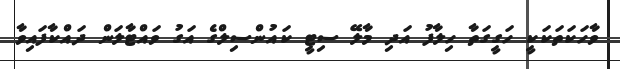
ވާހަކަތަކަކީ ހަގީގަތާ ހިލާފު އަދި މާލޭ ސިޓީ ކައުންސިލްގެ އަގު ވައްޓާލަން ދައްކާފައިވާ